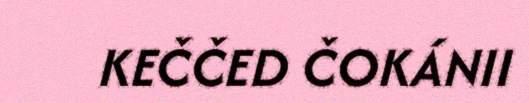
KEČČED ČOKÁNII